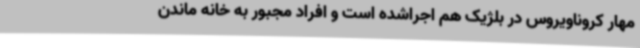
مهار کروناویروس در بلژیک هم اجراشده است و افراد مجبور به خانه ماندن